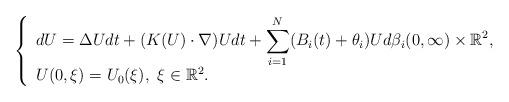
LaTeX: \begin{align*}\left\{\begin{array}{l}\displaystyle dU=\Delta Udt+(K(U)\cdot \nabla)Udt+\sum_{i=1}^N(B_i(t)+\theta_i)U d\beta_i (0,\infty)\times\mathbb{R}^2,\\U(0,\xi)=U_0(\xi),\ \xi\in \mathbb{R}^2.\end{array}\right.\ \end{align*}